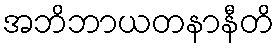
အဘိဘာယတနာနီတိ